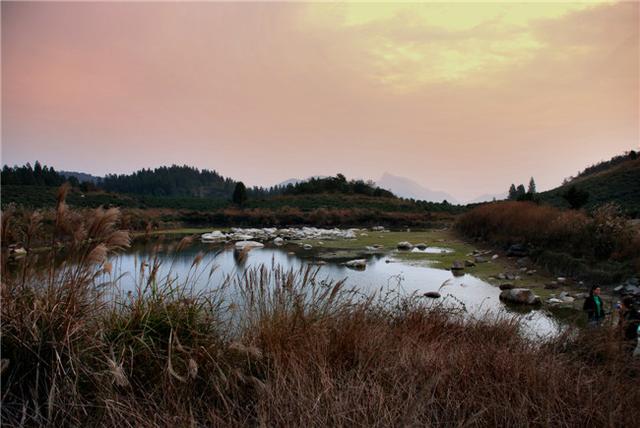
朔方三度重阳节，河曲干旌岁岁忙。